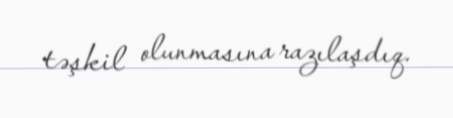
təşkil olunmasına razılaşdıq.